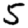
Digit: 5